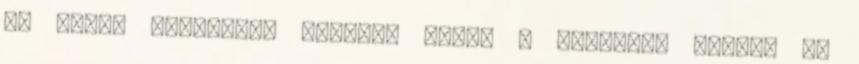
és aztán átéléssel mondta: nekem a whiskey. Szóval ha